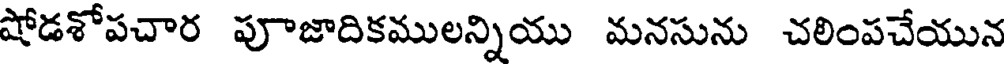
షోడశోపచార పూజాదికములన్నియు మనసును చలింపచేయున